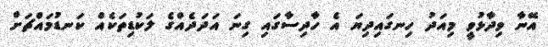
އޭނާ ވިދާޅުވީ މިއަދު ހިނގައިދިޔަ އެ ހާދިސާގައި ގިނަ އަދަދެއްގެ ލަކުޑިތަކެއް ކަނޑުމައްޗަށް